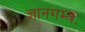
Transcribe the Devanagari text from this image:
ज्ञानगम्यः